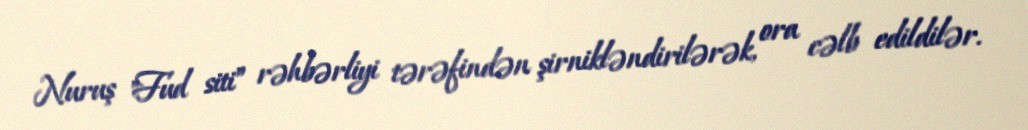
Nuruş "Fud siti” rəhbərliyi tərəfindən şirnikləndirilərək, ora cəlb edildilər.